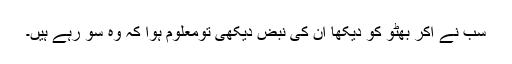
سب نے آکر بھٹو کو دیکھا ان کی نبض دیکھی تومعلوم ہوا کہ وہ سو رہے ہیں۔